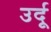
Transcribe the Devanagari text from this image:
उर्दूू